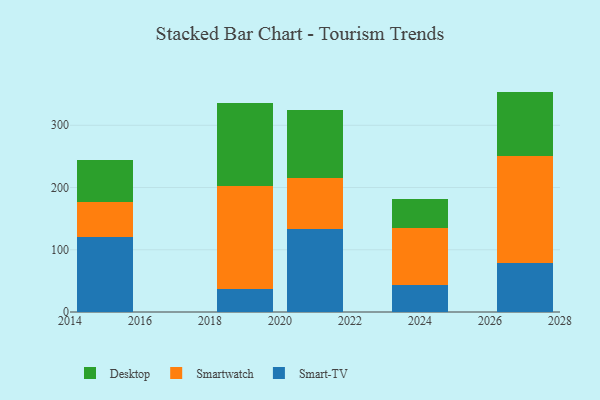
{"axis": {"x": "Year", "y": "Net Income (USD K)"}, "legend": ["Desktop", "Smart-TV", "Smartwatch"], "data": [{"x": "2024", "y": 42.6, "type": "Smart-TV"}, {"x": "2024", "y": 92.6, "type": "Smartwatch"}, {"x": "2024", "y": 47.0, "type": "Desktop"}, {"x": "2019", "y": 36.9, "type": "Smart-TV"}, {"x": "2019", "y": 166.0, "type": "Smartwatch"}, {"x": "2019", "y": 133.3, "type": "Desktop"}, {"x": "2027", "y": 79.3, "type": "Smart-TV"}, {"x": "2027", "y": 172.0, "type": "Smartwatch"}, {"x": "2027", "y": 102.8, "type": "Desktop"}, {"x": "2015", "y": 120.4, "type": "Smart-TV"}, {"x": "2015", "y": 55.8, "type": "Smartwatch"}, {"x": "2015", "y": 67.9, "type": "Desktop"}, {"x": "2021", "y": 133.4, "type": "Smart-TV"}, {"x": "2021", "y": 81.5, "type": "Smartwatch"}, {"x": "2021", "y": 109.8, "type": "Desktop"}]}